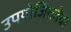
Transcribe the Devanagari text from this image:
उपयोजिततेवर